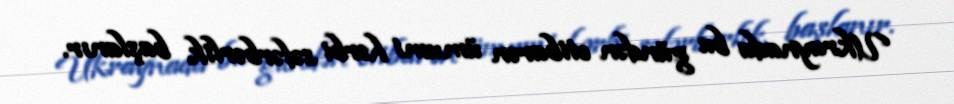
Ukraynada bu gündən etibarən ümumi hərbi səfərbərlik başlanır.